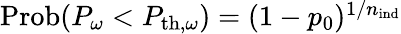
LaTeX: \begin{array}{r}{\textrm{Prob}(P_{\omega}<P_{\mathrm{th},\omega})=(1-p_{0})^{1/n_{\textrm{ind}}}}\end{array}